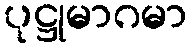
ပုဋ္ဌုမာဂမာ